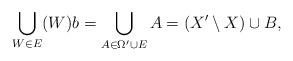
LaTeX: \begin{align*} \bigcup_{W \in E} (W)b = \bigcup_{A \in \Omega' \cup E} A = \left( X' \setminus X \right) \cup B, \end{align*}